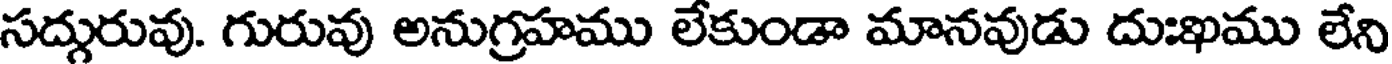
సద్గురువు. గురువు అనుగ్రహము లేకుండా మానవుడు దుఃఖము లేని